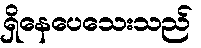
ရှိနေပေသေးသည်